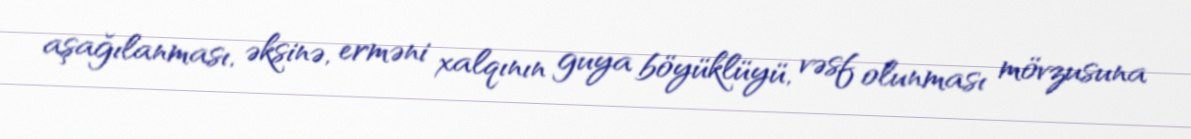
aşağılanması, əksinə, erməni xalqının guya böyüklüyü, vəsf olunması mövzusuna